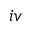
i v